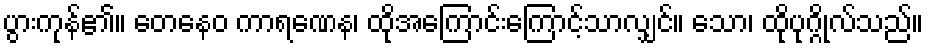
ပွားကုန်၏။ တေနေဝ ကာရဏေန၊ ထိုအကြောင်းကြောင့်သာလျှင်။ သော၊ ထိုပုဂ္ဂိုလ်သည်။